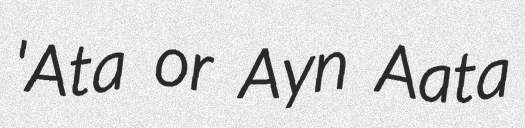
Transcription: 'Ata or Ayn Aata